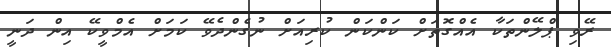
ރޭވި ޕްލޭންތަކާ އެއްގޮތަށް ކަންކަން ކުރިއަށް ނުގެންދެވޭ ކަމަށް އެމްވީކޭ އިން ދަނީ